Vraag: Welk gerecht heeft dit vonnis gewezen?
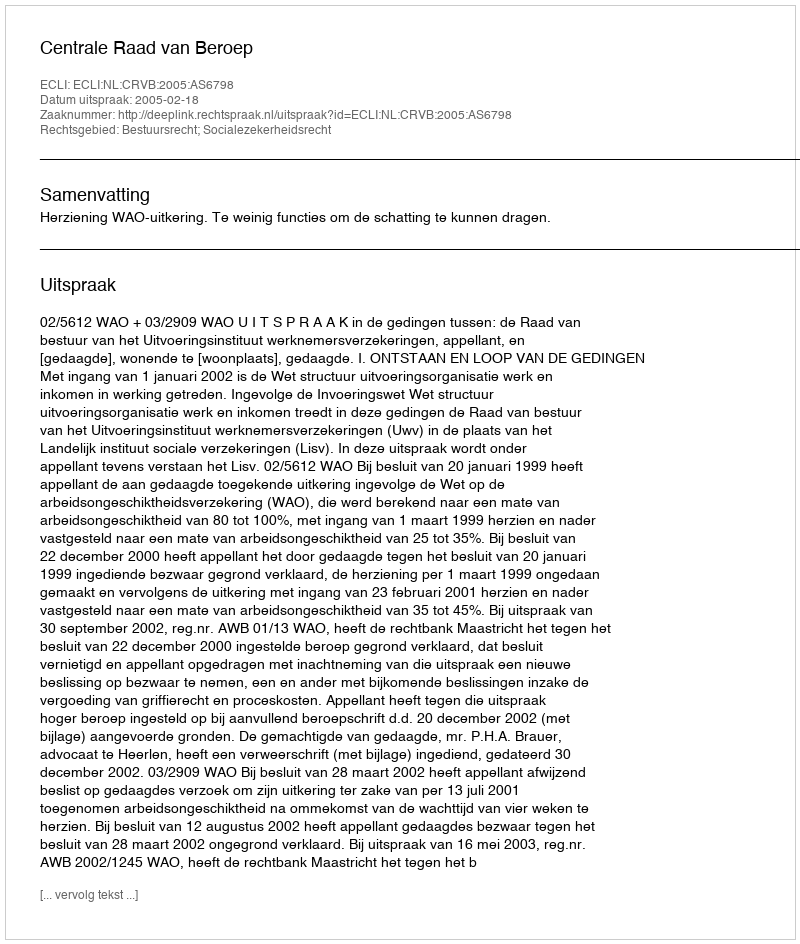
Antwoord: Centrale Raad van Beroep